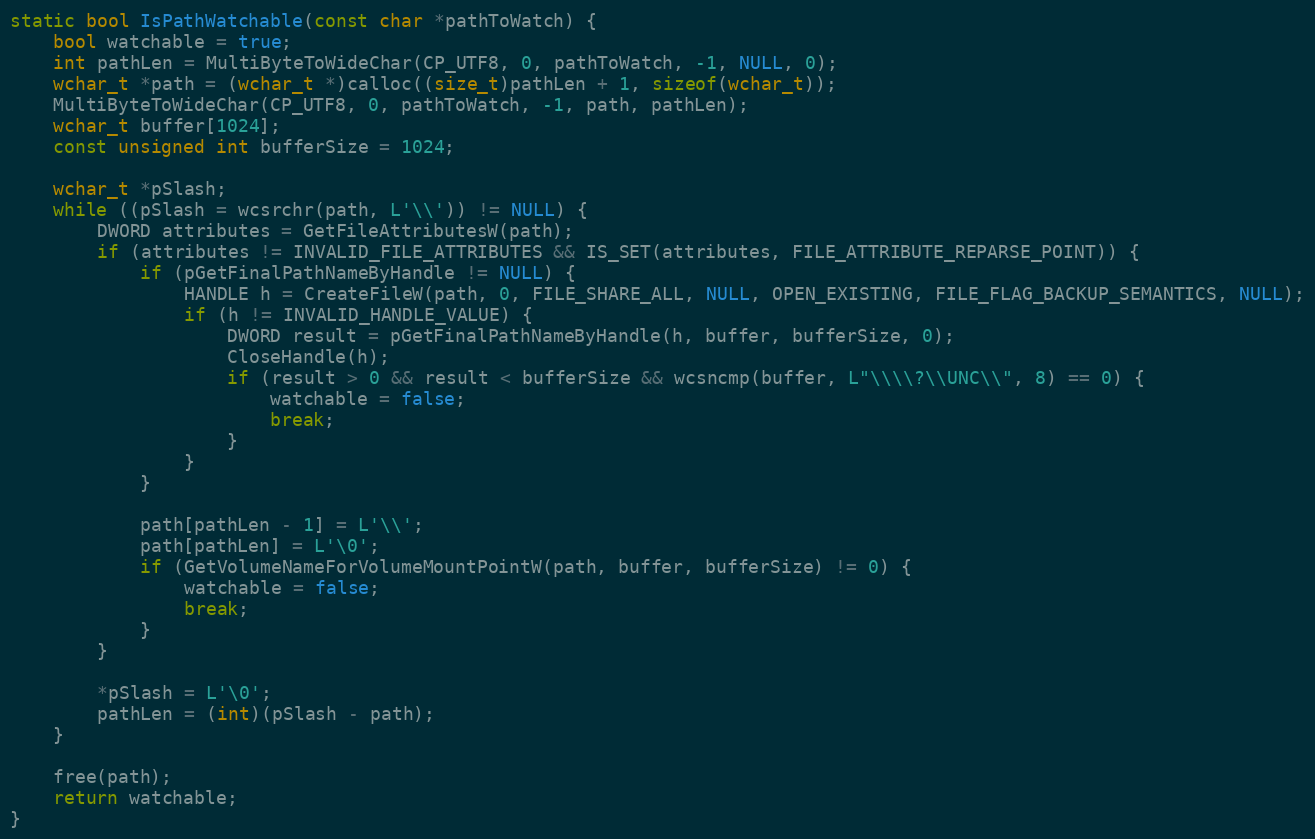
Language: C
static bool IsPathWatchable(const char *pathToWatch) {
    bool watchable = true;
    int pathLen = MultiByteToWideChar(CP_UTF8, 0, pathToWatch, -1, NULL, 0);
    wchar_t *path = (wchar_t *)calloc((size_t)pathLen + 1, sizeof(wchar_t));
    MultiByteToWideChar(CP_UTF8, 0, pathToWatch, -1, path, pathLen);
    wchar_t buffer[1024];
    const unsigned int bufferSize = 1024;

    wchar_t *pSlash;
    while ((pSlash = wcsrchr(path, L'\\')) != NULL) {
        DWORD attributes = GetFileAttributesW(path);
        if (attributes != INVALID_FILE_ATTRIBUTES && IS_SET(attributes, FILE_ATTRIBUTE_REPARSE_POINT)) {
            if (pGetFinalPathNameByHandle != NULL) {
                HANDLE h = CreateFileW(path, 0, FILE_SHARE_ALL, NULL, OPEN_EXISTING, FILE_FLAG_BACKUP_SEMANTICS, NULL);
                if (h != INVALID_HANDLE_VALUE) {
                    DWORD result = pGetFinalPathNameByHandle(h, buffer, bufferSize, 0);
                    CloseHandle(h);
                    if (result > 0 && result < bufferSize && wcsncmp(buffer, L"\\\\?\\UNC\\", 8) == 0) {
                        watchable = false;
                        break;
                    }
                }
            }

            path[pathLen - 1] = L'\\';
            path[pathLen] = L'\0';
            if (GetVolumeNameForVolumeMountPointW(path, buffer, bufferSize) != 0) {
                watchable = false;
                break;
            }
        }

        *pSlash = L'\0';
        pathLen = (int)(pSlash - path);
    }

    free(path);
    return watchable;
}